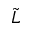
\Tilde { L }